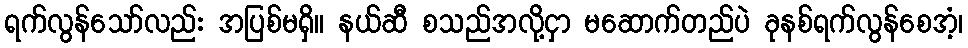
ရက်လွန်သော်လည်း အပြစ်မရှိ။ နယ်ဆီ စသည်အလို့ငှာ မဆောက်တည်ပဲ ခုနစ်ရက်လွန်စေအံ့၊